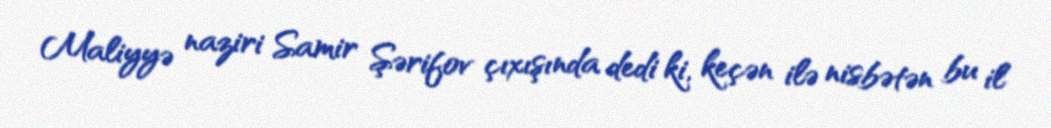
Maliyyə naziri Samir Şərifov çıxışında dedi ki, keçən ilə nisbətən bu il